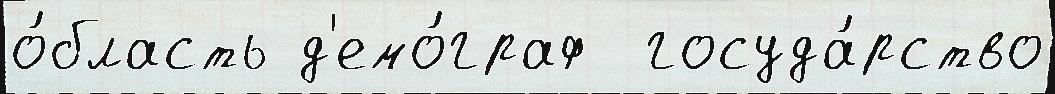
о́бласть д'емо́граф  госуда́рство